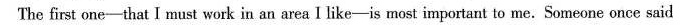
The first one-that I must work in an area I like-is most important to me. Someone once said